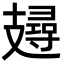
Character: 攳